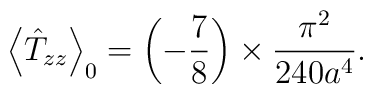
\left\langle \hat{T}_{zz}\right\rangle _{0}=\left( -\frac{7}{8}\right)\times \frac{\pi ^{2}}{240a^{4}}.